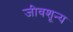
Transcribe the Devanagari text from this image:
जीवशून्य